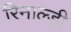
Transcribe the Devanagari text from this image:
रिनाल्डी